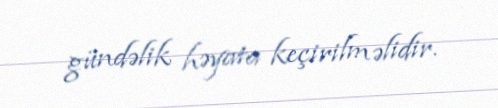
gündəlik həyata keçirilməlidir.